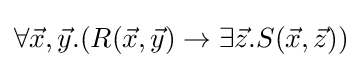
\forall {\vec {x}},{\vec {y}}.(R({\vec {x}},{\vec {y}})\rightarrow \exists {\vec {z}}.S({\vec {x}},{\vec {z}}))